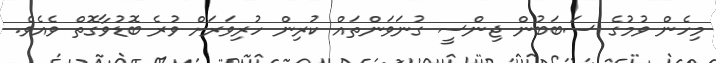
މިހެން ވުމުގެ ސަބަބުން ޖިންސީ ގުނަވަންތައް ކުރިން ހުރިވަރަށް ވުރެ ބޮޑުވާގޮތް ވެއެވެ.